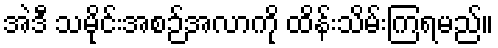
အဲဒီ သမိုင်းအစဉ်အလာကို ထိန်းသိမ်းကြရမည်။